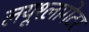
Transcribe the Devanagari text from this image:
लयूश्लागेटर